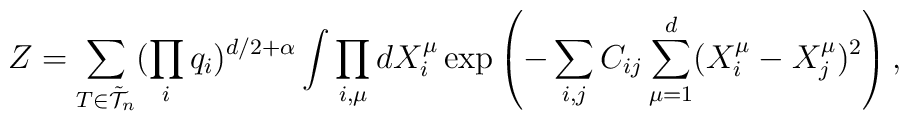
\protectZ = \sum_{T \in {\tilde{\cal{T}}}_n} (\prod_i q_i)^{d/2 + \alpha} \int    \prod_{i,\mu}dX_i^{\mu} \exp \left(-    \sum_{i,j} C_{ij}\sum_{\mu=1}^{d} (X_i^{\mu} - X_j^{\mu})^2    \right),